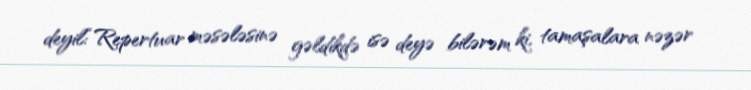
deyil:“Repertuar məsələsinə gəldikdə isə deyə bilərəm ki, tamaşalara nəzər